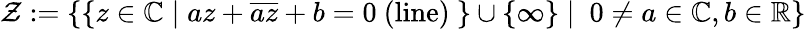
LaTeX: {\mathcal{Z}}:=\{ \{ z\in\mathbb{C}\mid az+{\overline{{az}}}+b=0\ {\mathrm{(line)}}\ \} \cup\{ \infty\} \mid\ 0\neq a\in\mathbb{C},b\in\mathbb{R}\}